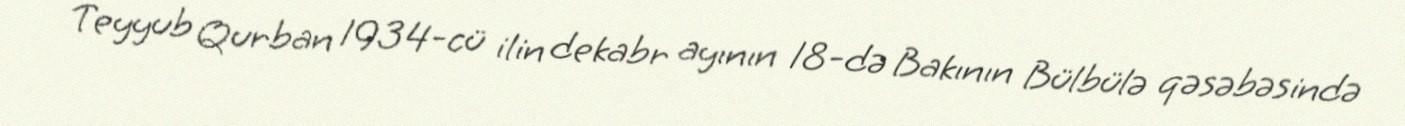
Teyyub Qurban 1934-cü ilin dekabr ayının 18-də Bakının Bülbülə qəsəbəsində